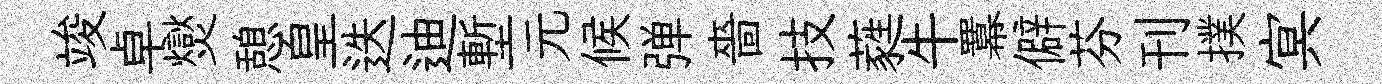
竣卓爕憩皇迭迪塹元候弹嗇技蕤牛羃僻芬刊撲㝠